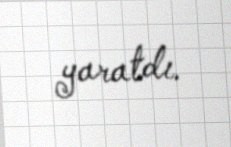
yaratdı.